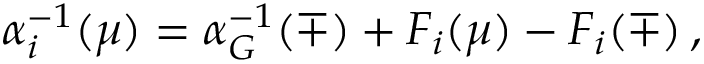
\alpha _ { i } ^ { - 1 } ( \mu ) = \alpha _ { G } ^ { - 1 } ( \mp ) + F _ { i } ( \mu ) - F _ { i } ( \mp ) \, ,